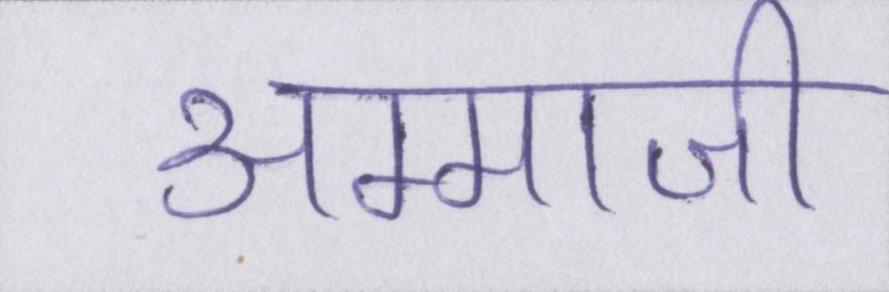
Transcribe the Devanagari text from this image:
अम्माजी